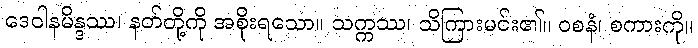
ဒေဝါနမိန္ဒဿ၊ နတ်တို့ကို အစိုးရသော။ သက္ကဿ၊ သိကြားမင်း၏။ ဝစနံ၊ စကားကို။